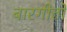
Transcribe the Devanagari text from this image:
बारगीतों